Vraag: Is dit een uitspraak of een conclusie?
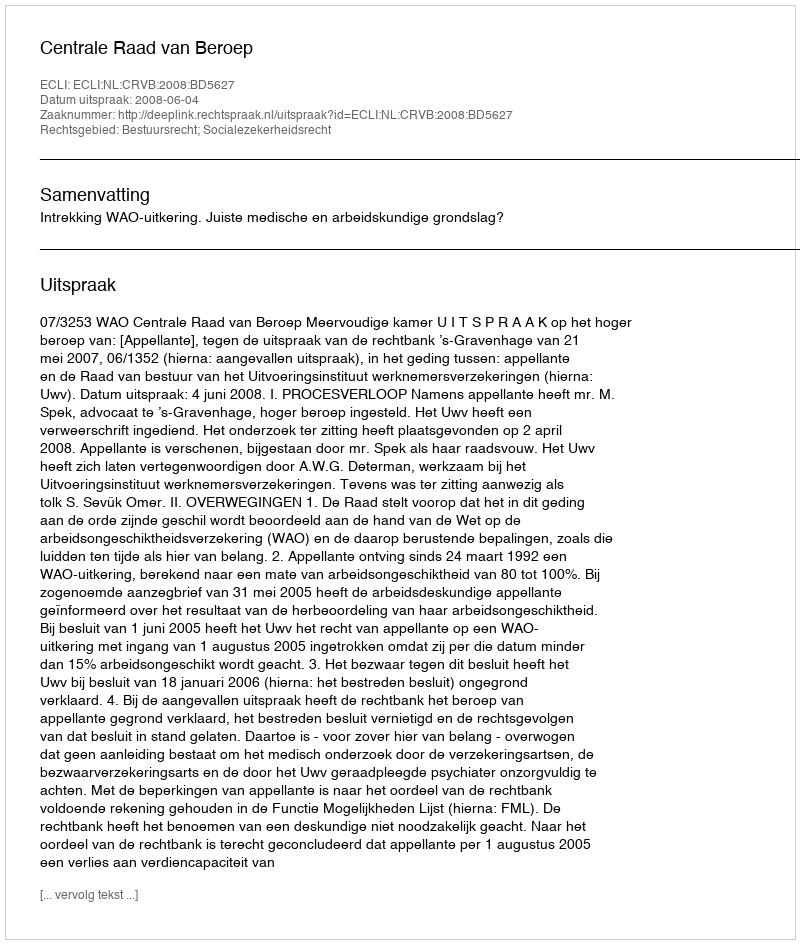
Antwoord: Uitspraak